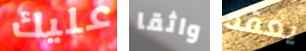
عليك واثقا يعقد